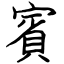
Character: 賓